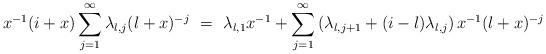
LaTeX: \begin{align*}x^{-1}(i +x) \sum_{j=1}^{\infty} \lambda_{l,j} (l+x)^{-j} \ = \ \ & \lambda_{l,1} x^{-1} + \sum_{j=1}^{\infty} \left( \lambda_{l,j+1} + (i - l) \lambda_{l,j} \right) x^{-1} (l+x)^{-j} \end{align*}